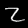
Label: 2